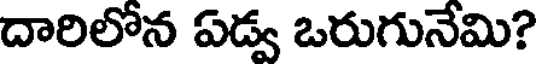
దారిలోన ఏడ్వ ఒరుగునేమి?